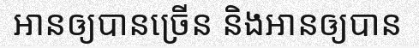
អានឲ្យបានច្រើន និងអានឲ្យបាន